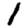
Digit: 1